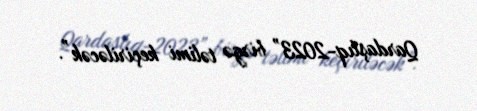
Qardaşlıq-2023” birgə təlimi keçiriləcək”.